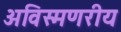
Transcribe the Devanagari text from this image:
अविस्मणरीय